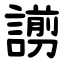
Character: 謭